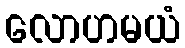
လောဟမယံ